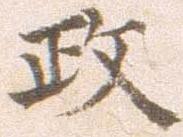
政